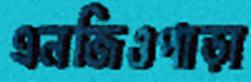
এনজিওপাড়া